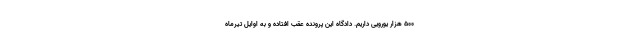
۵۰۰ هزار یورویی داریم. دادگاه این پرونده عقب افتاده و به اوایل تیرماه